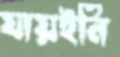
যায়ইনি